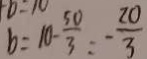
b = 1 0 - \frac { 5 0 } { 3 } = - \frac { 2 0 } { 3 }